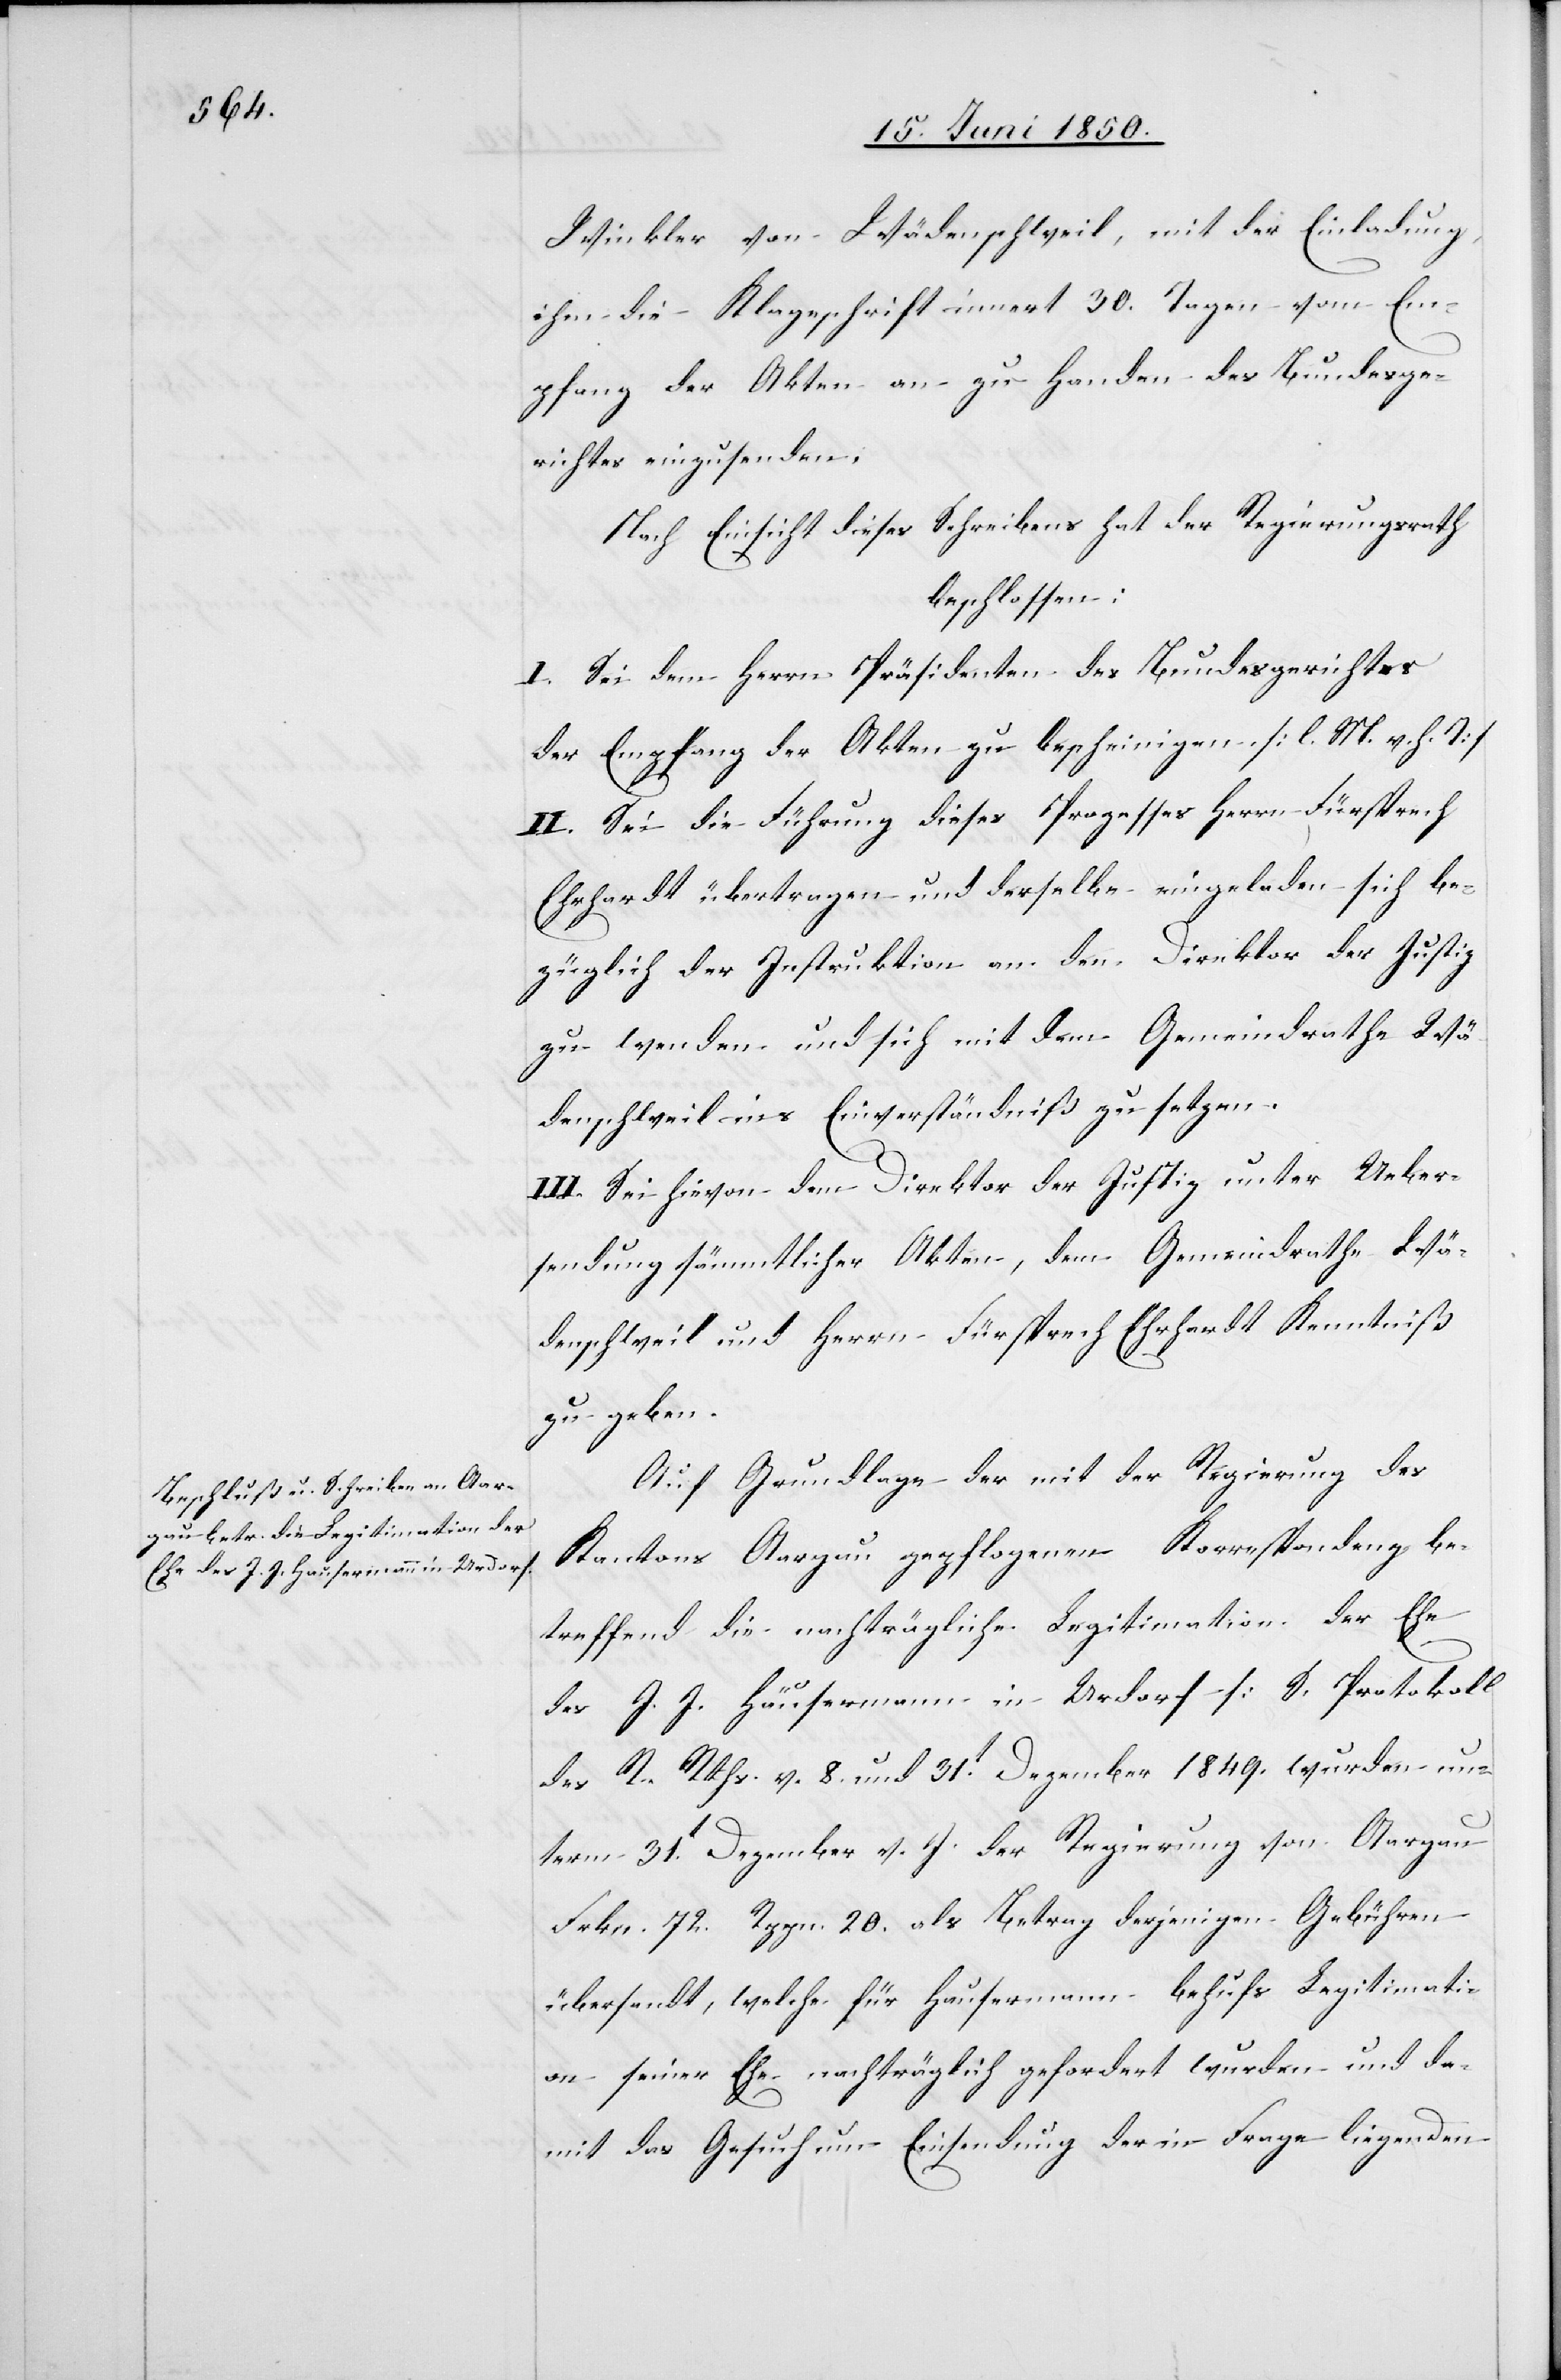
Winkler von Wädenschweil, mit der Einladung,
ihm die Klageschrift innert 30. Tagen vom Em¬
pfang der Akten an zu Handen des Bundesge¬
richtes einzusenden,
Nach Einsicht dieses Schreibens hat der Regierungsrath
beschlossen:
I. Sei dem Herrn Präsidenten des Bundesgerichtes
der Empfang der Akten zu bescheinigen. [l. M. v. h. T]
II. Sei die Führung dieses Prozesses Herrn Fürsprech
Ehrhardt übertragen und derselbe eingeladen sich be¬
züglich der Instruktion an den Direktor der Justiz
zu wenden und sich mit dem Gemeindrathe Wä¬
denschweil ins Einverständniß zu setzen.
III. Sei hievon dem Direktor der Justiz, unter Ueber¬
sendung sämmtlicher Akten, dem Gemdeindrathe Wä¬
denschweil und Herrn Fürsprech Ehrhardt Kenntniß
zu geben.
Auf Grundlage der mit der Regierung des
Kantons Aargau gepflogenen Korrespondenz be¬
treffend die nachträgliche Legitimation der Ehe
des J. J. Häusermann [sic!] in Urdorf [S. Protokoll
des R. Rths. v. 8. und 31t Dezember 1849.[]] wurden un¬
term 31t Dezember v. J. der Regierung von Aargau
Frkn. 72. Rppn. 20. als Betrag derjenigen Gebühren
übersandt, welche für Hausermann behufs Legitimati¬
on seiner Ehe nachträglich gefordert wurden und da¬
mit das Gesuch um Einsendung der in Frage liegenden